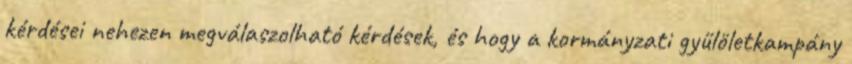
kérdései nehezen megválaszolható kérdések, és hogy a kormányzati gyűlöletkampány